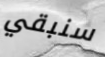
سنبقي